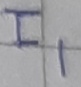
Text: I1